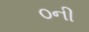
૦ની